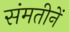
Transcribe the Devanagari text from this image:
संमतीनें